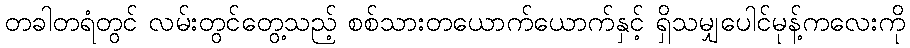
တခါတရံတွင် လမ်းတွင်တွေ့သည့် စစ်သားတယောက်ယောက်နှင့် ရှိသမျှပေါင်မုန့်ကလေးကို